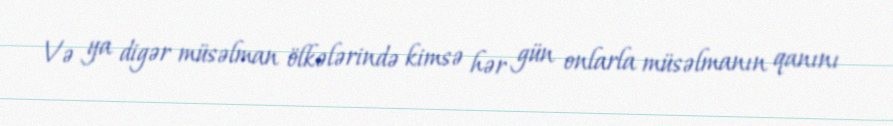
Və ya digər müsəlman ölkələrində kimsə hər gün onlarla müsəlmanın qanını